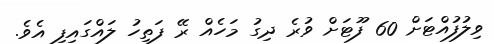
ވިލުފުއްޓަށް 60 ފޫޓަށް ވުރެ ދިގު މަހެއް ރޭ ފަތިހު ލައްގައިފި އެވެ.